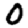
Digit: 0